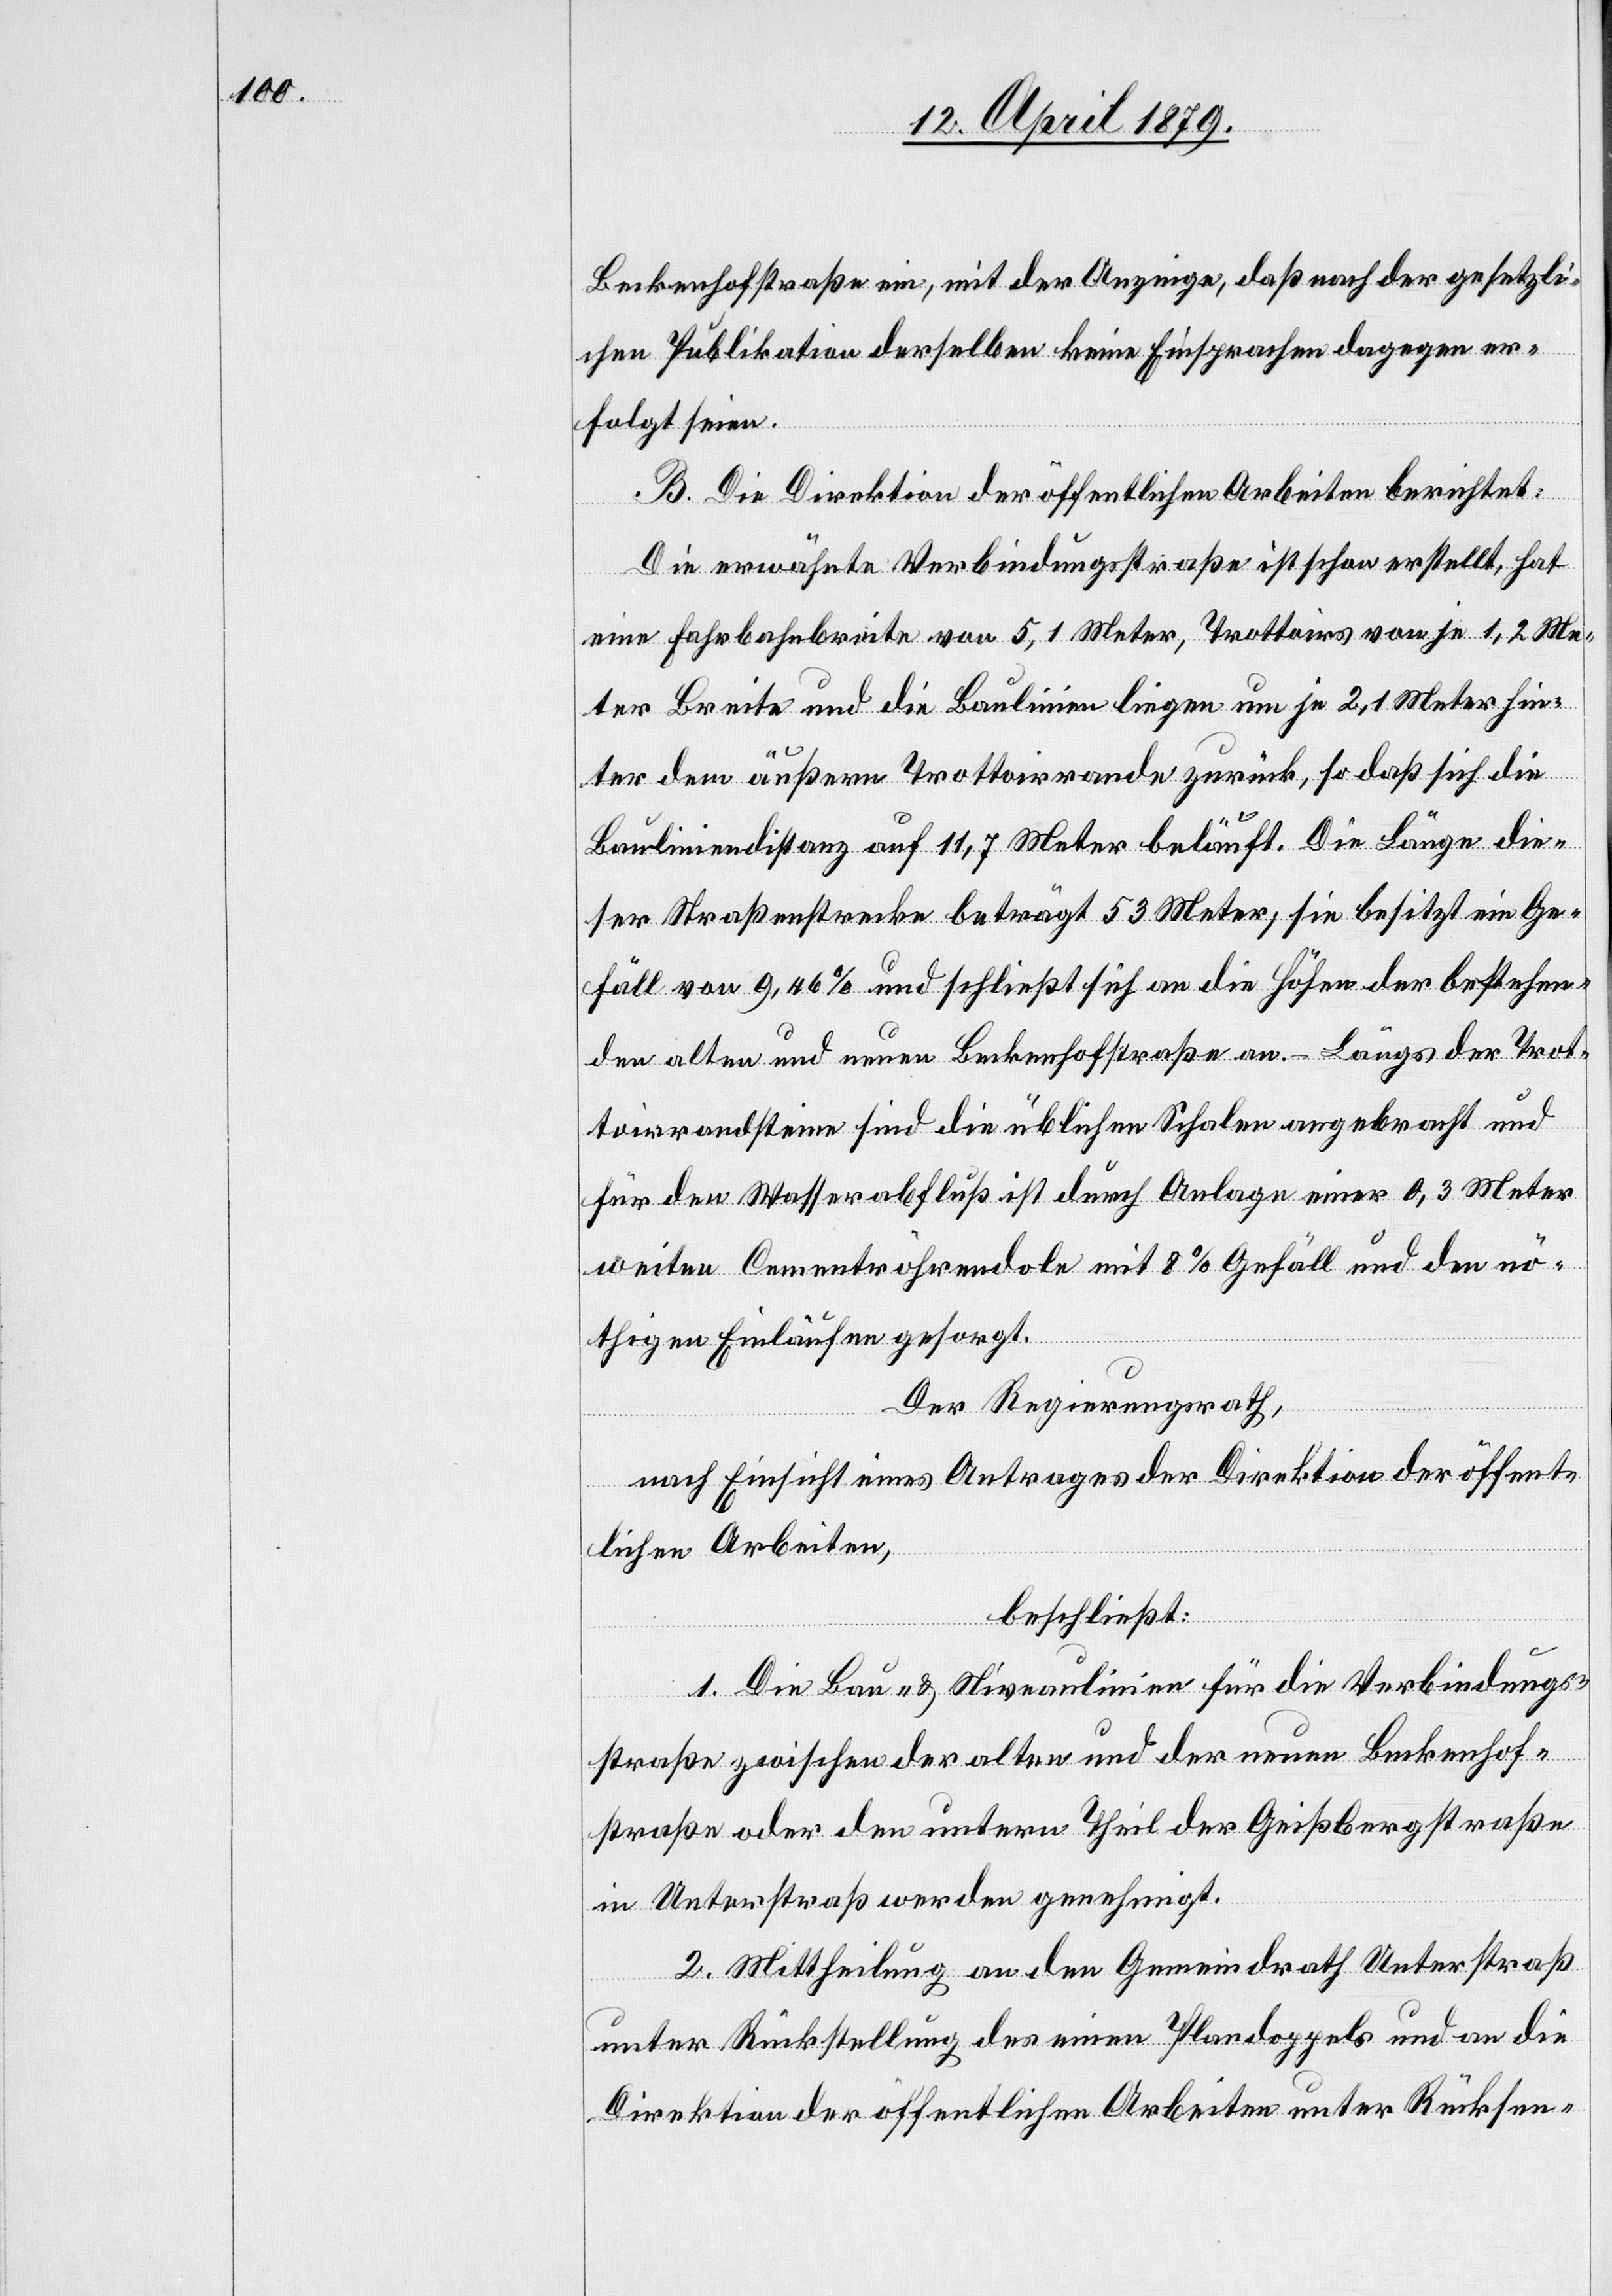
Beckenhofstraße ein, mit der Anzeige, daß nach der gesetzli¬
chen Publikation derselben keine Einsprachen dagegen er¬
folgt seien.
B. Die Direktion der öffentlichen Arbeiten berichtet:
Die erwähnte Verbindungsstraße ist schon erstellt, hat
eine Fahrbahnbreite von 5,1 Meter, Trottoirs von je 1,2 Me¬
ter Breite und die Baulinien liegen um je 2,1 Meter hin¬
ter dem äußern Trottoirrande zurück, so daß sich die
Bauliniendistanz auf 11,7 Meter beläuft. Die Länge die¬
ser Straßenstrecke beträgt 53 Meter; sie besitzt ein Ge¬
fäll von 9,46% und schließt sich an die Höhen der bestehen¬
den alten und neuen Beckenhofstraße an. – Längs der Trot¬
toirrandsteine sind die üblichen Schalen angebracht und
für den Wasserabfluß ist durch Anlage einer 0,3 Meter
weiten Cementröhrendole mit 8% Gefäll und den nö¬
thigen Einläufen gesorgt.
Der Regierungsrath,
nach Einsicht eines Antrages der Direktion der öffent¬
lichen Arbeiten,
beschließt:
1. Die Bau- & Niveaulinien für die Verbindungs¬
straße zwischen der alten und der neuen Beckenhof¬
straße oder den untern Theil der Geißbergstraße
in Unterstraß werden genehmigt.
2. Mittheilung an den Gemeindrath Unterstraß
unter Rückstellung des einen Plandoppels und an die
Direktion der öffentlichen Arbeiten unter Rücksen-